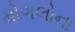
મોગલોના